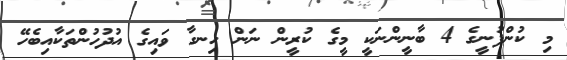
މި ކުންފުނީގެ 4 ބާނީންނަކީ މީގެ ކުރީން ނަން ހިނގާ ވައިގެ އުދުހުންތަކާއިބެހޭ